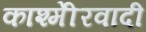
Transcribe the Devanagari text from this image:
काश्‍मीेरवादी